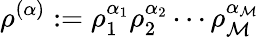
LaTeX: \rho^{(\alpha)}:=\rho_{1}^{\alpha_{1}}\rho_{2}^{\alpha_{2}}\dotsm\rho_{\mathcal{M}}^{\alpha_{\mathcal{M}}}